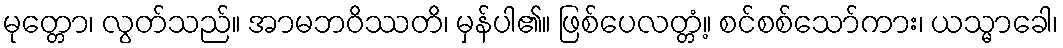
မုတ္တော၊ လွတ်သည်။ အာမဘဝိဿတိ၊ မှန်ပါ၏။ ဖြစ်ပေလတ္တံ့။ စင်စစ်သော်ကား၊ ယသ္မာခေါ၊